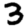
Digit: 3